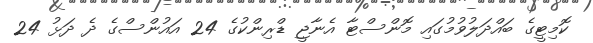
ކޮމިޓީގެ ބައްދަލުވުމުގައި މޮންސްޓާ އެނާޖީ ޑްރިންކުގެ 24 އައުންސްގެ ދެ ދަޅު 24